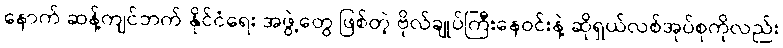
နောက် ဆန့်ကျင်ဘက် နိုင်ငံရေး အဖွဲ့တွေ ဖြစ်တဲ့ ဗိုလ်ချုပ်ကြီးနေဝင်းနဲ့ ဆိုရှယ်လစ်အုပ်စုကိုလည်း